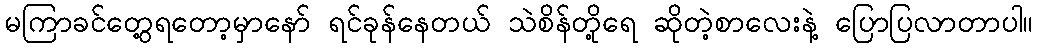
မကြာခင်တွေ့ရတော့မှာနော် ရင်ခုန်နေတယ် သဲစိန်တို့ရေ ဆိုတဲ့စာလေးနဲ့ ပြောပြလာတာပါ။